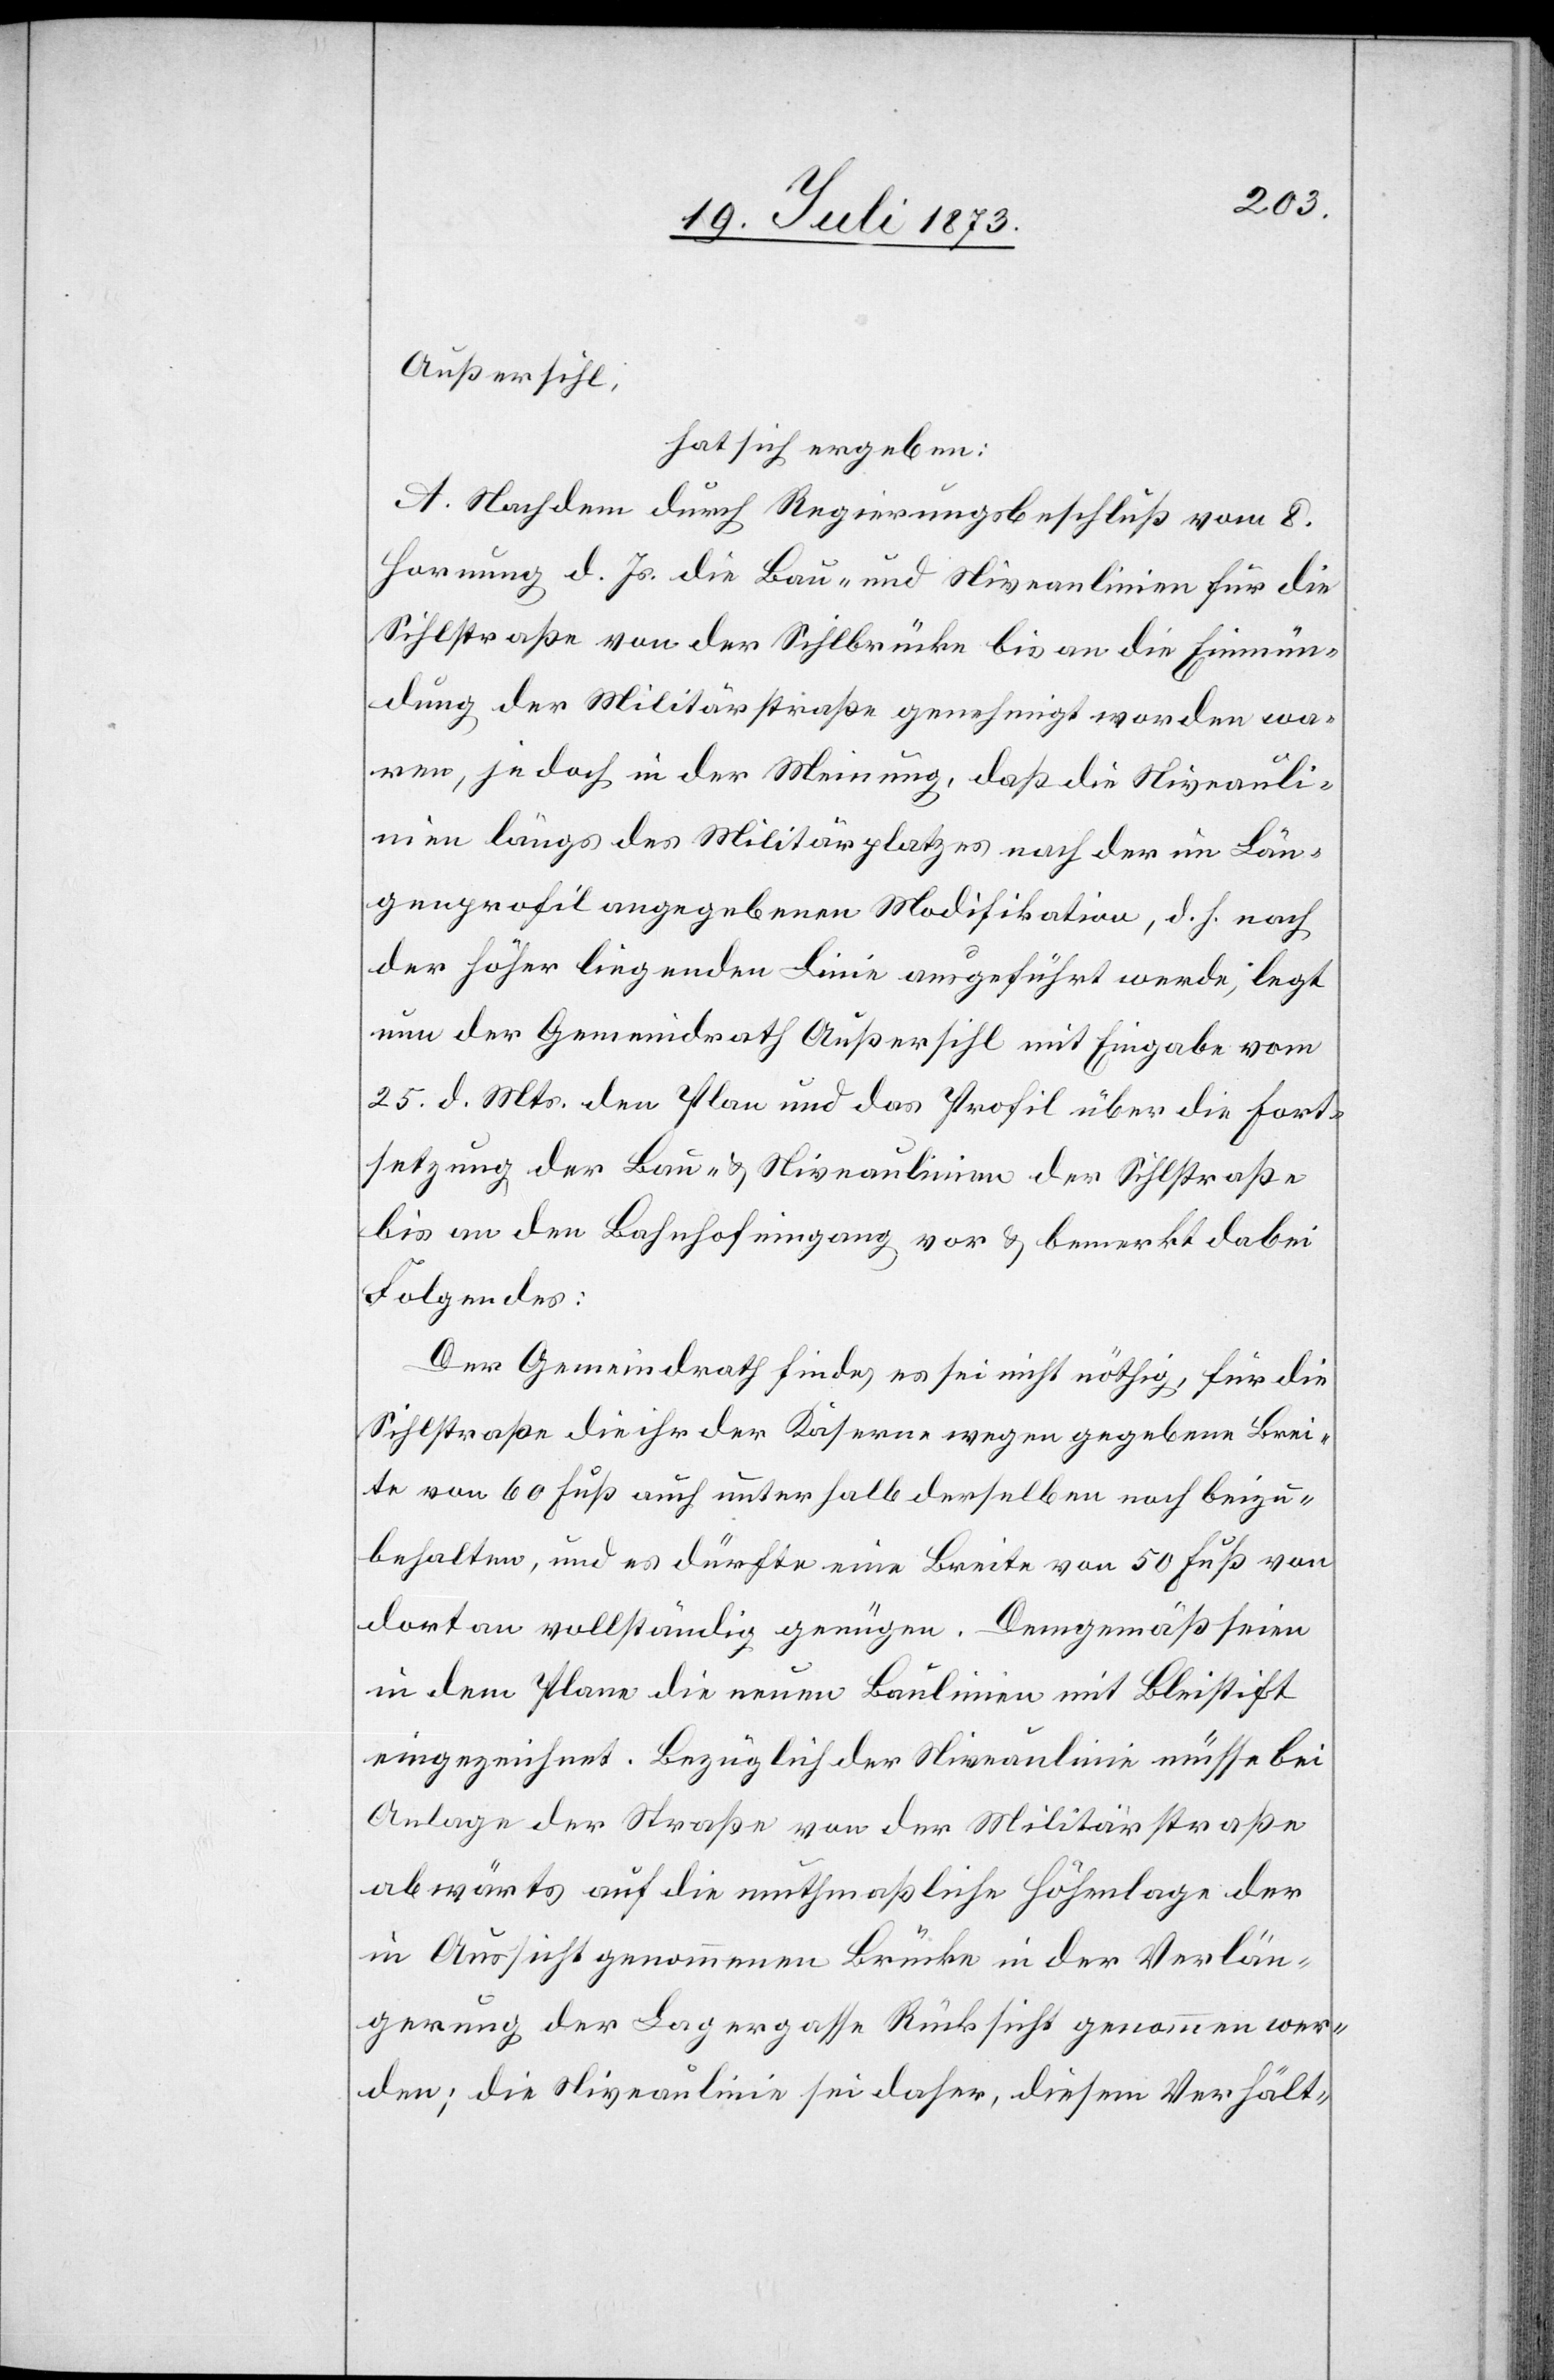
Außersihl,
hat sich ergeben:
A. Nachdem durch Regierungsbeschluß vom 8.
Hornung d. Js. die Bau- und Niveaulinien für die
Sihlstraße von der Sihlbrücke bis an die Einmün¬
dung der Militärstraße genehmigt worden wa¬
ren, jedoch in der Meinung, daß die Niveauli¬
nien längs des Militärplatzes nach der im Län¬
genprofil angegebenen Modifikation, d. h. nach
der höher liegenden Linie ausgeführt werde, legt
nun der Gemeindrath Außersihl mit Eingabe vom
25. d. Mts. den Plan und das Profil über die Fort¬
setzung der Bau- & Niveaulinien der Sihlstraße
bis an den Bahnhofeingang vor & bemerkt dabei
Folgendes:
Der Gemeindrath finde, es sei nicht nöthig, für die
Sihlstraße die ihr der Kaserne wegen gegebene Brei¬
te von 60 Fuß auch unterhalb derselben noch beizu¬
behalten, und es dürfte eine Breite von 50 Fuß von
dort an vollständig genügen. Demgemäß seien
in dem Plane die neuen Baulinien mit Bleistift
eingezeichnet. Bezüglich der Niveaulinie müsse bei
Anlage der Straße von der Militärstraße
abwärts auf die muthmaßliche Höhenlage der
in Aussicht genommenen Brücke in der Verlän¬
gerung der Lagergasse Rücksicht genommen wer¬
den; die Niveaulinie sei daher, diesem Verhält-